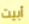
أبيت